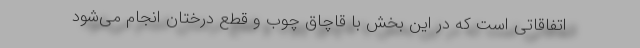
اتفاقاتی است که در این بخش با قاچاق چوب و قطع درختان انجام می‌شود